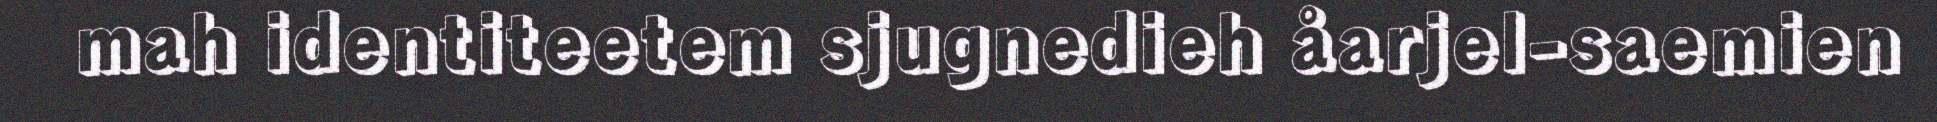
mah identiteetem sjugnedieh åarjel-saemien